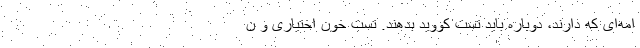
امه‌ای که دارند، دوباره باید تست کووید بدهند. تست خون اختیاری و ن